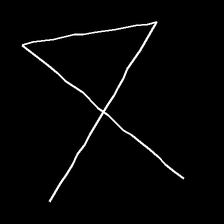
Glyph: collection